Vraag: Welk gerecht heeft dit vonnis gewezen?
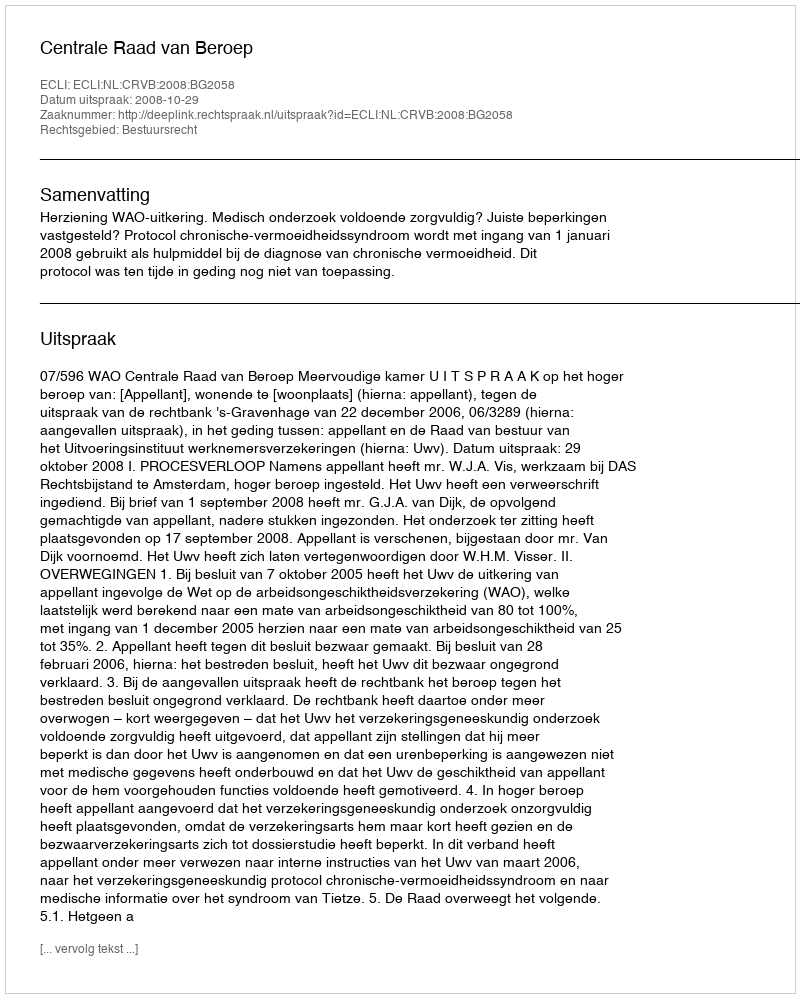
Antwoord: Centrale Raad van Beroep